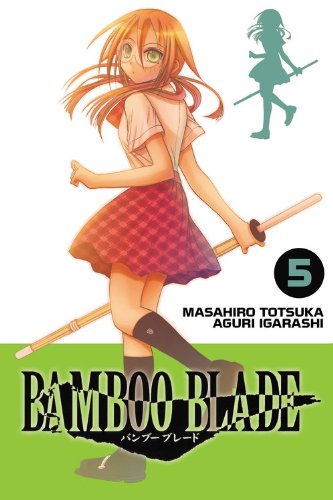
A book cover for Bamboo Blade, Vol. 5; Masahiro Totsuka; Comics & Graphic Novels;